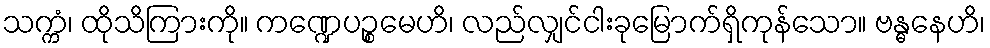
သက္ကံ၊ ထိုသိကြားကို။ ကဏ္ဍေပဉ္စမေဟိ၊ လည်လျှင်ငါးခုမြောက်ရှိကုန်သော။ ဗန္ဓနေဟိ၊